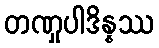
တဏှုပါဒိန္နဿ